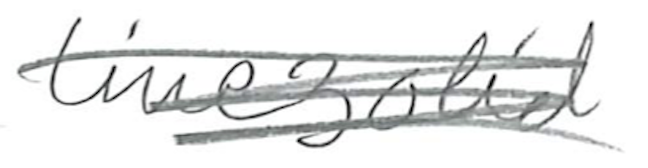
Text: linezolid
Cross-out: scratch
Writing tool: pencil